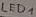
Text: LED1